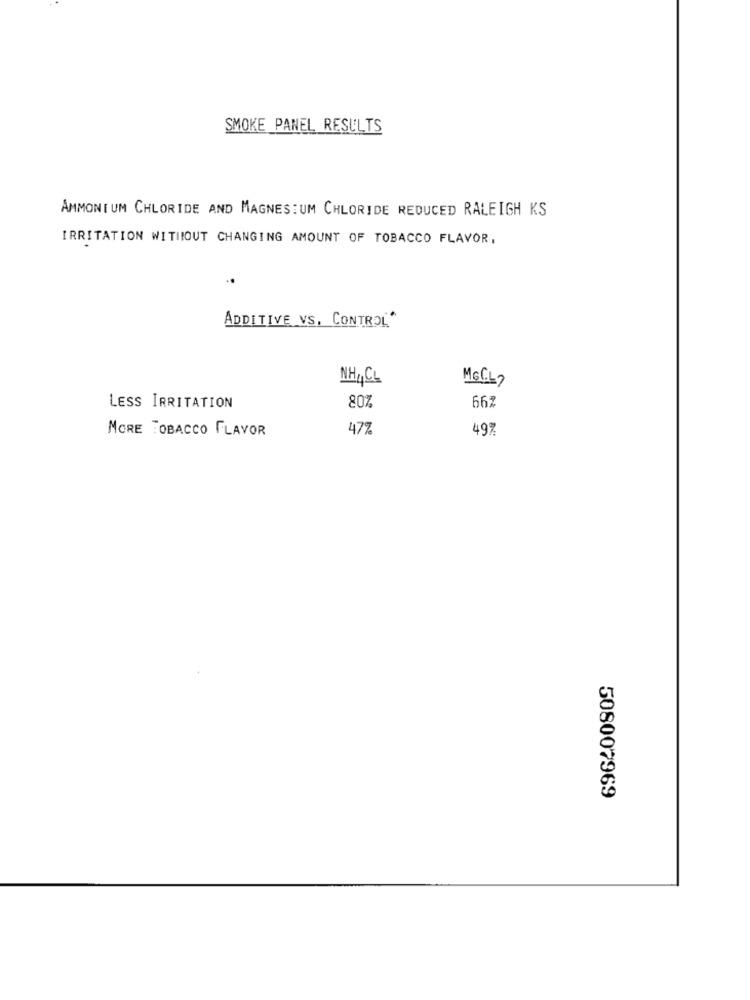
SMOKE PANEL RESULTS
AMMONIUM CHLORIDE AND MAGNESIUM CHLORIDE REDUCED RALEIGH KS
IRRITATION WITHOUT CHANGING AMOUNT OF TOBACCO FLAVOR,
..
ADDITIVE VS. CONTROL"
NH4CL
MGCL)
LESS IRRITATION
80%
662
MORE TOBACCO FLAVOR
477
49%
508007969